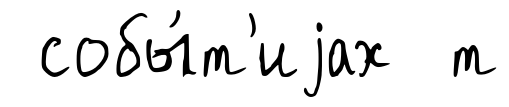
собы́т'иjах т